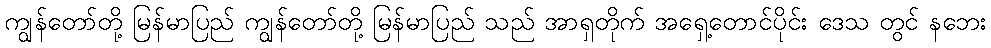
ကျွန်တော်တို့ မြန်မာပြည် ကျွန်တော်တို့ မြန်မာပြည် သည် အာရှတိုက် အရှေ့တောင်ပိုင်း ဒေသ တွင် နဘေး